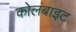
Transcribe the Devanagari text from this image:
कोलंबाइट